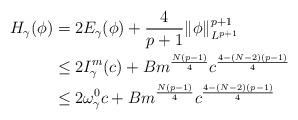
LaTeX: \begin{align*}H_\gamma(\phi) &= 2E_\gamma(\phi) +\frac{4}{p+1}\|\phi\|^{p+1}_{L^{p+1}} \\&\leq 2I^m_\gamma(c) + B m^{\frac{N(p-1)}{4}} c^{\frac{4-(N-2)(p-1)}{4}} \\&\leq 2\omega^0_\gamma c+ B m^{\frac{N(p-1)}{4}} c^{\frac{4-(N-2)(p-1)}{4}}\end{align*}